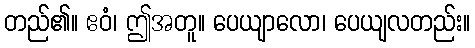
တည်၏။ ဧဝံ၊ ဤအတူ။ ပေယျာလော၊ ပေယျလတည်း။